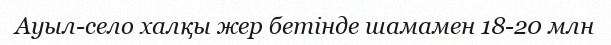
Ауыл-село халқы жер бетінде шамамен 18-20 млн